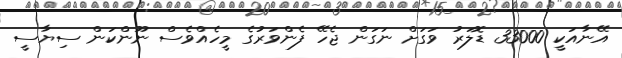
އޭނާއަކީ 33000 ޑޮލަރު ވަގަށް ނަގަން ޖެހޭ ފެންވަރުގެ މީހެއްވެސް ނޫންކަން ސިޔާސީ